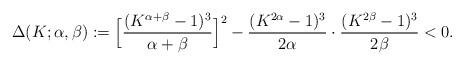
LaTeX: \begin{align*} \Delta(K; \alpha, \beta):= \Big[ \frac{(K^{\alpha + \beta}-1)^3}{\alpha + \beta} \Big]^2 - \frac{(K^{2\alpha} - 1)^3}{2\alpha}\cdot \frac{(K^{2\beta} - 1)^3}{2\beta} < 0. \end{align*}